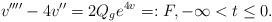
\begin{align*}v''''-4v''=2Q_ge^{4v}=: F, -\infty< t \leq 0.\end{align*}